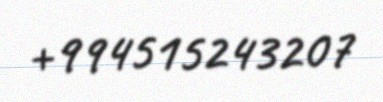
+994515243207